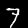
Digit: 7